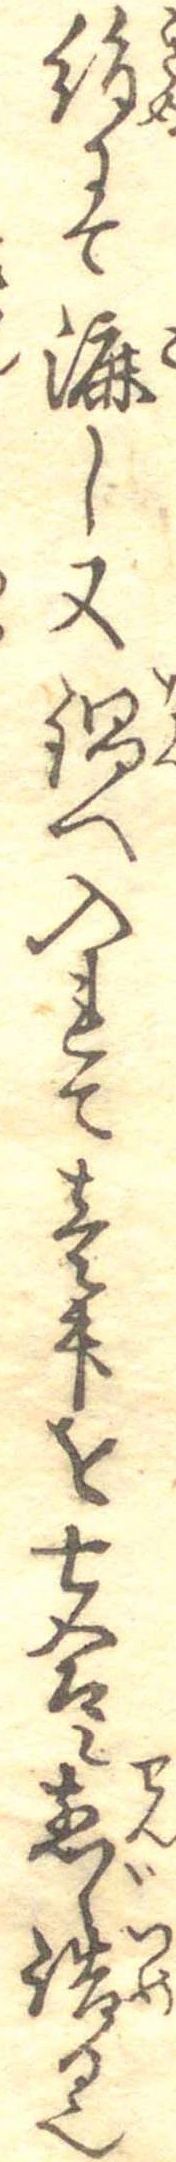
絹にて漉し又鍋へ入れて壱升を七合に煎じ詰る也